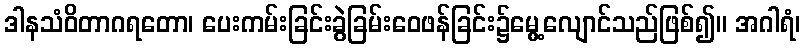
ဒါနသံဝိတာဂရတော၊ ပေးကမ်းခြင်းခွဲခြမ်းဝေဖန်ခြင်း၌မွေ့လျောင်သည်ဖြစ်၍။ အဂါရံ၊